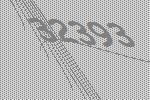
32393